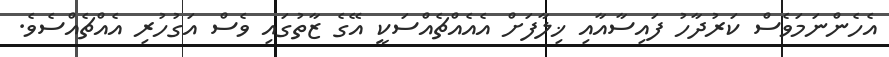
އެހެންނަމަވެސް ކަރުދާހު ފައިސާއާއި ޚިލާފަށް އެއެއްޗެއްސަކީ އޭގެ ޒާތުގައި ވެސް އަގުހުރި އެއްޗެއްސެވެ.